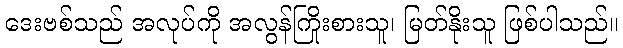
ဒေးဗစ်သည် အလုပ်ကို အလွန်ကြိုးစားသူ၊ မြတ်နိုးသူ ဖြစ်ပါသည်။